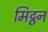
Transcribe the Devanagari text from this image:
मिट्ठन